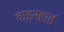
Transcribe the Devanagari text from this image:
वाइनहार्ड